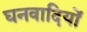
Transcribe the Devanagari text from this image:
घनवादियों